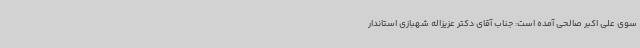
سوی علی اکبر صالحی آمده است: جناب آقای دکتر عزیزاله شهبازی استاندار